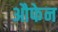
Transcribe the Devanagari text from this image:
औफेन